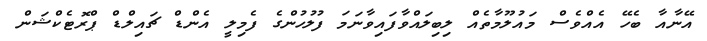
އޭނާއާ ބެހޭ އެއްވެސް މައުލޫމާތެއް ލިބިލައްވާފައިވާނަމަ ފުލުހުންގެ ފެމިލީ އެންޑް ޗައިލްޑް ޕްރޮޓެކްޝަން